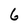
Character: 6